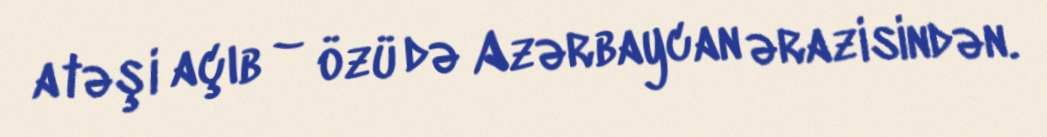
atəşi açıb – özü də Azərbaycan ərazisindən.